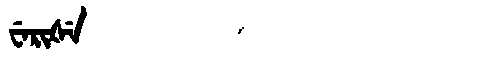
Manchu: ᠸᡝᡵᡳᡧᡝ
Romanization: WERIŠE